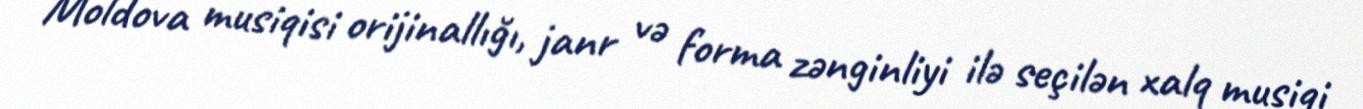
Moldova musiqisi orijinallığı, janr və forma zənginliyi ilə seçilən xalq musiqi